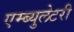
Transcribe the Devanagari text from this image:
एम्ब्युलेटरी